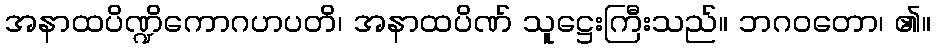
အနာထပိဏ္ဍိကောဂဟပတိ၊ အနာထပိဏ် သူဋ္ဌေးကြီးသည်။ ဘဂဝတော၊ ၏။